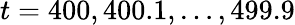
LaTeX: t=400,400.1,\ldots,499.9